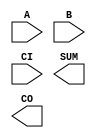
////////////////////////////////////////////////////////////////////////////////
//
//       This confidential and proprietary software may be used only
//     as authorized by a licensing agreement from Synopsys Inc.
//     In the event of publication, the following notice is applicable:
//
//                    (C) COPYRIGHT 1992 - 2018 SYNOPSYS INC.
//                           ALL RIGHTS RESERVED
//
//       The entire notice above must be reproduced on all authorized
//     copies.
//
//
// VERSION:   Simulation Architecture
//
// DesignWare_version: 733c6616
// DesignWare_release: O-2018.06-DWBB_201806.3
//
////////////////////////////////////////////////////////////////////////////////
//-----------------------------------------------------------------------------------
//
// ABSTRACT:  Adder
//
//                      Converted from vhdl to verilog
//
//           GN         Feb. 15th 1996 
//                      changed dw01 to DW01
//
//           RPH        07/17/2002 
//                      Rewrote to comply with the new guidelines
//      
//---------------------------------------------------------------------------

module DW01_add (A,B,CI,SUM,CO);

   parameter integer width=4;

   // port decalrations

   input [width-1 : 0] 	A,B;
   input 		CI;
   
   output [width-1 : 0] SUM;
   output 		CO;

  // synopsys translate_off
  wire [width : 0]      tmp_out;   
  //-------------------------------------------------------------------------
  // Parameter legality check
  //-------------------------------------------------------------------------

  
 
  initial begin : parameter_check
    integer param_err_flg;

    param_err_flg = 0;
    
  
    if (width < 1) begin
      param_err_flg = 1;
      $display(
	"ERROR: %m :\n  Invalid value (%d) for parameter width (lower bound: 1)",
	width );
    end 
  
    if ( param_err_flg == 1) begin
      $display(
        "%m :\n  Simulation aborted due to invalid parameter value(s)");
      $finish;
    end

  end // parameter_check 


  assign tmp_out = ((^(A ^ A) !== 1'b0) || (^(B ^ B) !== 1'b0)) ? {width+1{1'bx}} : A+B+CI;
  assign CO = tmp_out[width];
  assign SUM = tmp_out[width-1 : 0];

  // synopsys translate_on
   
endmodule  // DW01_add;